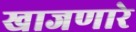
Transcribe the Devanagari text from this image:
खाजणारे